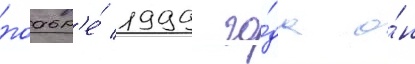
ноабр'е́ 1999 го́да о́н